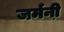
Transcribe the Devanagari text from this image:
जर्मनी़